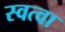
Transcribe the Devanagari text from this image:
स्वत्वा